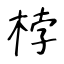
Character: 桲